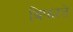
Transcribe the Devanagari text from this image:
बिफरते